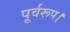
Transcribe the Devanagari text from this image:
पूर्वरूप।